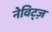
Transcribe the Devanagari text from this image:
नेविट्ज़